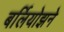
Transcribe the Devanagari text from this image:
बर्लियोझने